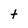
Character: t